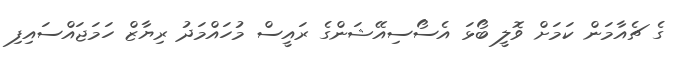
ގެ ޗެއާމަން ކަމަށް ވޮލީ ބޯޅަ އެސޯސިއޭޝަންގެ ރައީސް މުހައްމަދު ރިޔާޒް ހަމަޖައްސައިފި